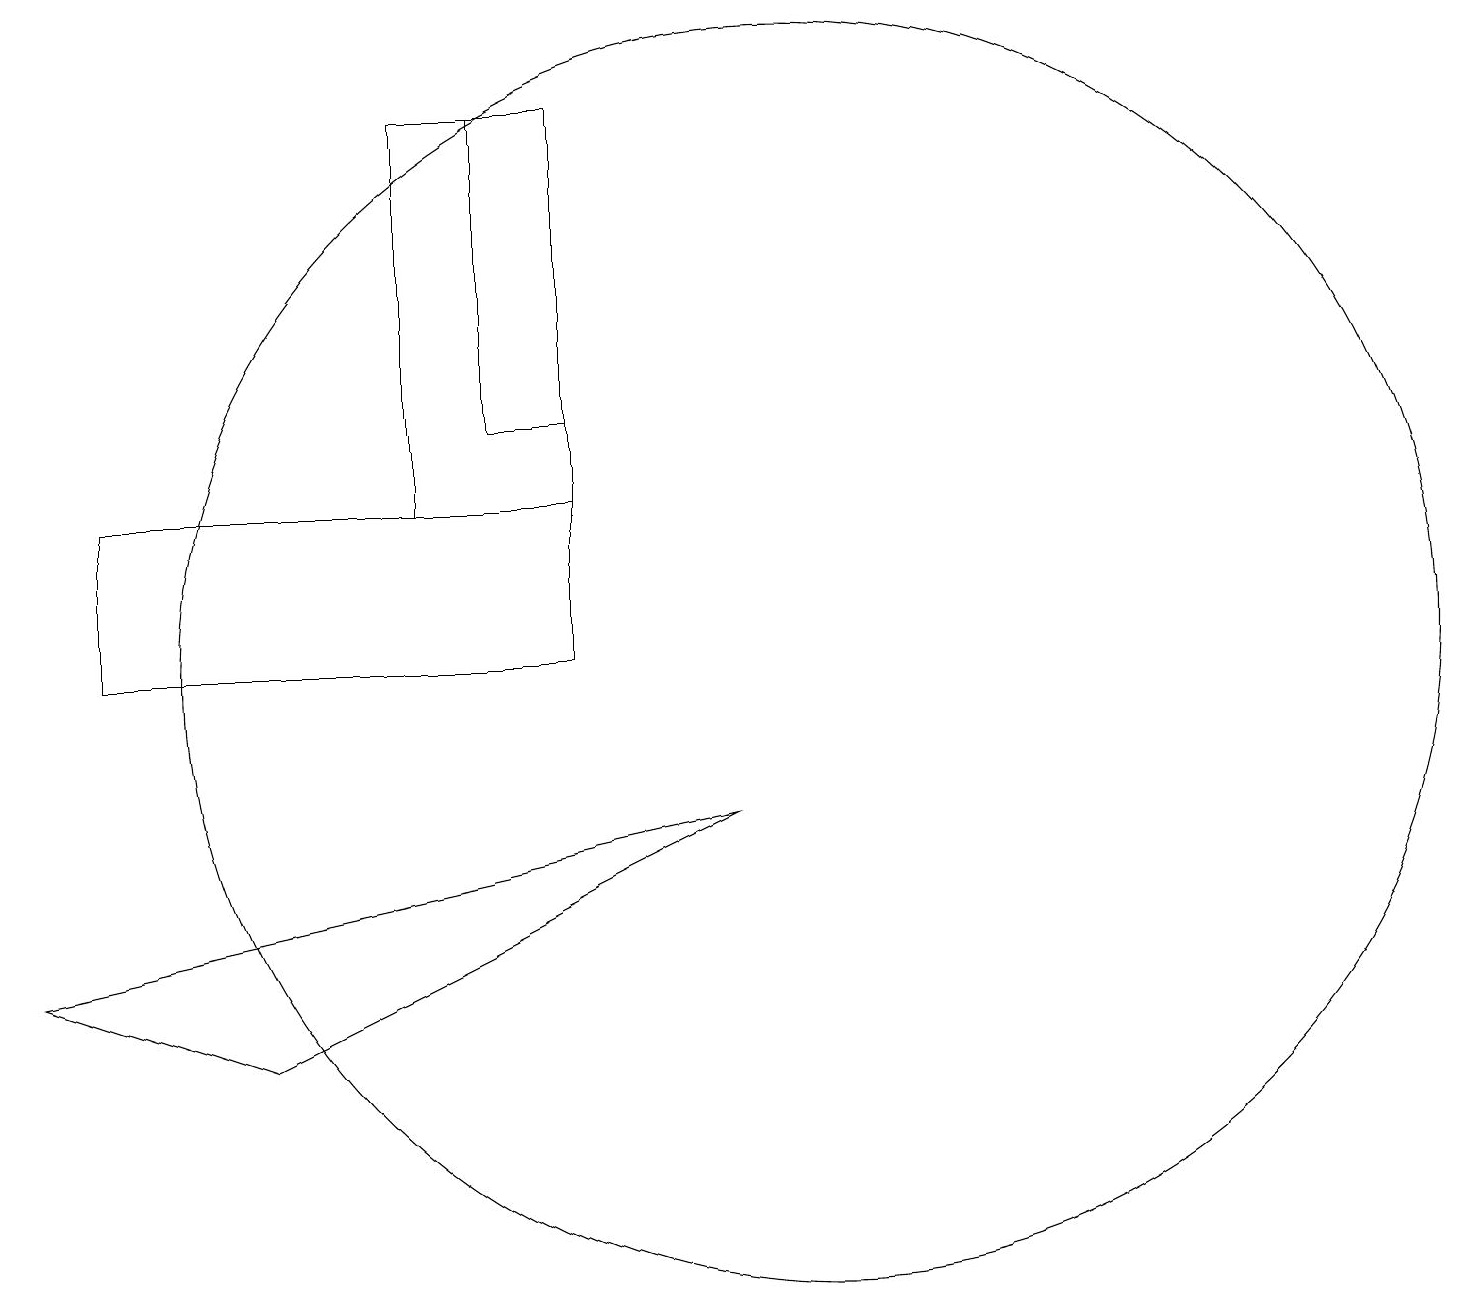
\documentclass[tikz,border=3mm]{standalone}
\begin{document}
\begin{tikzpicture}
\draw (6,17) rectangle (7,13);
\draw (10,10) circle (8);
\draw (7,12) rectangle (1,10);
\draw (5,17) rectangle (7,12);
\draw (0,6) -- (9,8) -- (3,5) -- cycle;
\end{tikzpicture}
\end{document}